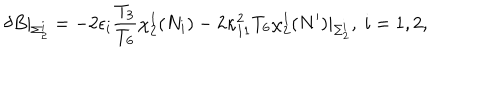
LaTeX: \delta B \vert _ { \Sigma _ { 2 } ^ { i } } = - 2 \epsilon _ { i } { \frac { T _ { 3 } } { T _ { 6 } } } \chi _ { 2 } ^ { 1 } ( N _ { i } ) - 2 \kappa _ { 1 1 } ^ { 2 } T _ { 6 } \chi _ { 2 } ^ { 1 } ( N ^ { \prime } ) \vert _ { \Sigma _ { 2 } ^ { i } } , \ i = 1 , 2 ,